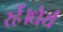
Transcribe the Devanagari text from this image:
रहें।धैर्य